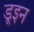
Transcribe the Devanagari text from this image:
डूइन